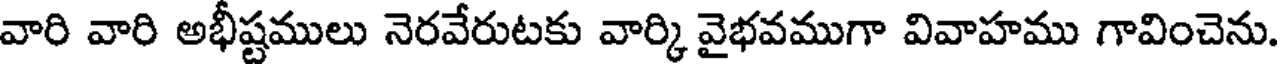
వారి వారి అభీష్టములు నెరవేరుటకు వార్కి వైభవముగా వివాహము గావించెను.